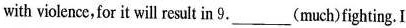
with violence,for it will result in 9.___(much)fighting. I